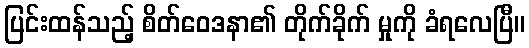
ပြင်းထန်သည့် စိတ်ဝေဒနာ၏ တိုက်ခိုက် မှုကို ခံရလေပြီ။